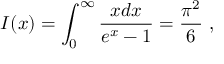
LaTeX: I ( x ) = \int _ { 0 } ^ { \infty } \frac { x d x } { e ^ { x } - 1 } = \frac { \pi ^ { 2 } } { 6 } ~ ,